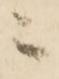
ニ